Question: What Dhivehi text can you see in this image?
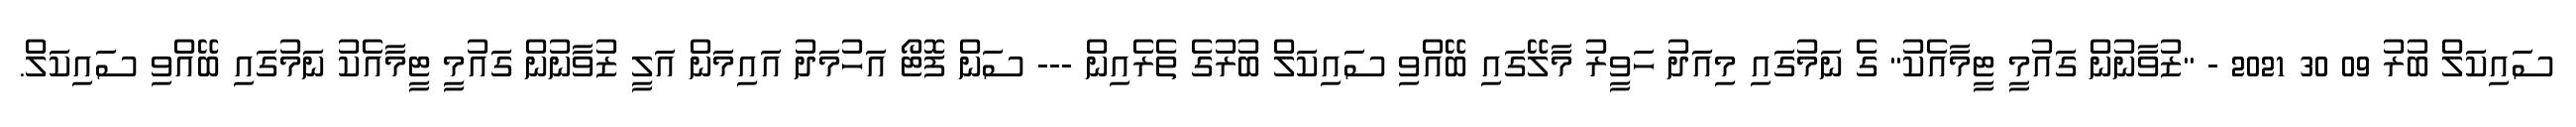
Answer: ސައިކަލް ބުރު 09 30 2021 - "ޒުވާނުން ގައުމީ ޓީމާއެކު" ގެ ނަމުގައި މިއަދު ހަވީރު މާލޭގައި ބޭއްވި ސައިކަލް ބުރުގެ ތެރެއިން --- ސަން ފޮޓޯ އަހުމަދު އައިމަން އަލީ ޒުވާނުން ގައުމީ ޓީމާއެކު ނަމުގައި ބޭއްވި ސައިކަލް.